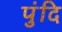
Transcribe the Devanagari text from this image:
पुंदि